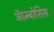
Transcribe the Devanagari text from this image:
ऑम्बोसिस